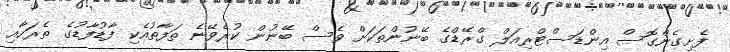
ފެށިގެންގޮސް އިންޑަސްޓްރިއަލް ގްރޭޑްގެ ބޭނުންތަކަށް ވެސް ބޭނުން ކުރެވޭނެ ތަފާތުއެކި ފާޑުފާޑުގެ ތެރަހާއި